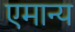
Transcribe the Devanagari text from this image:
एमान्य